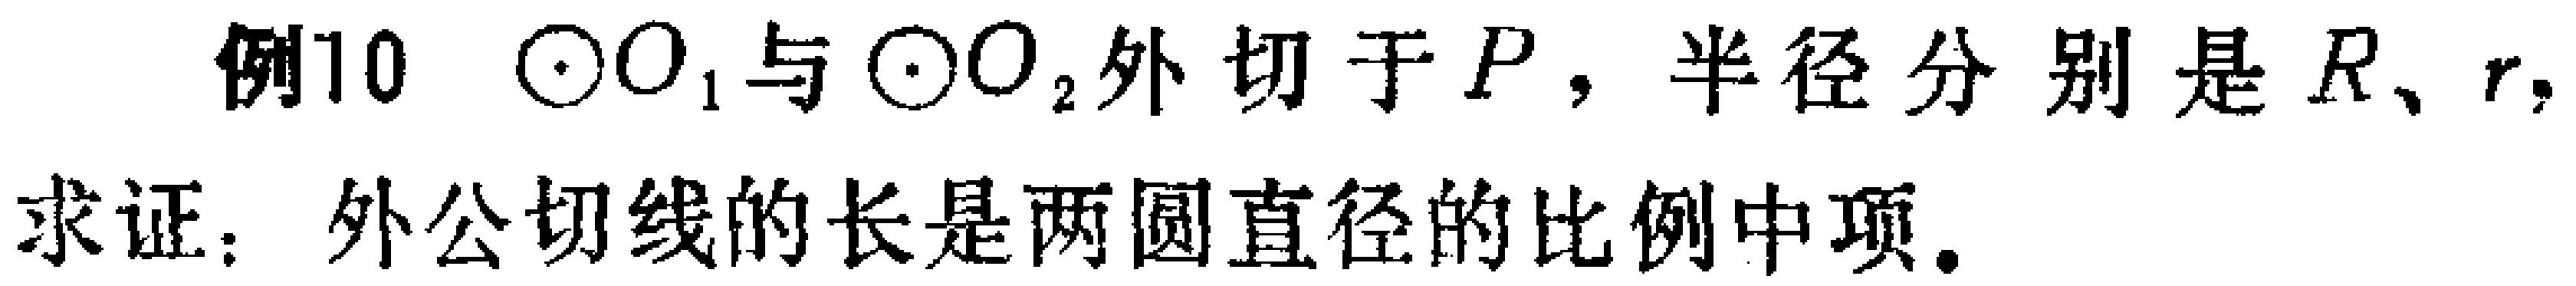
例10 $\odot O_{1}$与$\odot O_{2}$外切于$P$，半径分别是$R$、$r$，

求证：外公切线的长是两圆直径的比例中项。